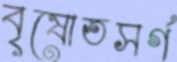
বৃষোতসর্গ